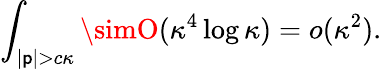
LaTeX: \int_{|\mathsf{p}|>c\kappa}\simO(\kappa^{4}\log\kappa)=o(\kappa^{2}).